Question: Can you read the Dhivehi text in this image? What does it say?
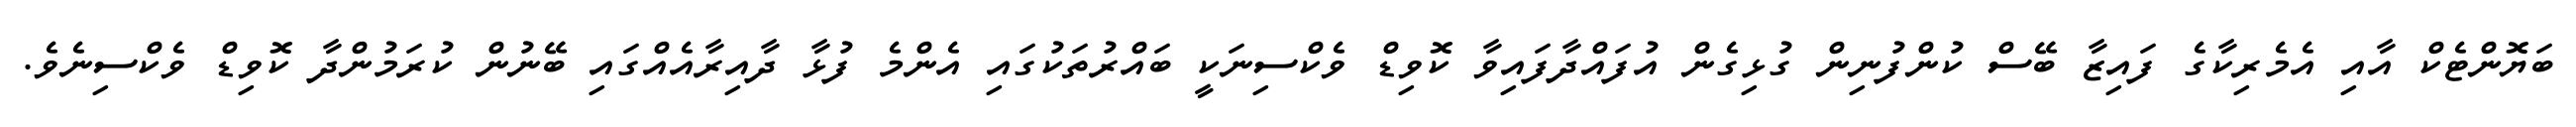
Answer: ބަޔޮންޓެކް އާއި އެމެރިކާގެ ފައިޒާ ބޭސް ކުންފުނިން ގުޅިގެން އުފައްދާފައިވާ ކޮވިޑް ވެކްސިނަކީ ބައްރުތަކުގައި އެންމެ ފުޅާ ދާއިރާއެއްގައި ބޭނުން ކުރަމުންދާ ކޮވިޑް ވެކްސިނެވެ.